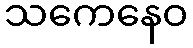
သကေနေဝ